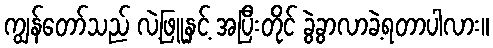
ကျွန်တော်သည် လဲ့ဖြူနှင့် အပြီးတိုင် ခွဲခွာလာခဲ့ရတာပါလား။